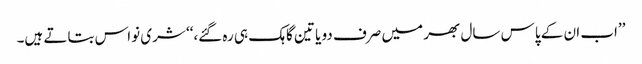
’’اب ان کے پاس سال بھر میں صرف دو یا تین گاہک ہی رہ گئے،‘‘ شری نواس بتاتے ہیں۔